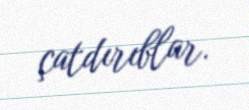
çatdırıblar.